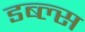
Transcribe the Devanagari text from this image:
डब्ल्स